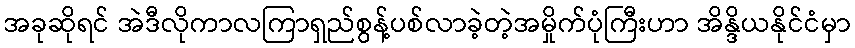
အခုဆိုရင် အဲဒီလိုကာလကြာရှည်စွန့်ပစ်လာခဲ့တဲ့အမှိုက်ပုံကြီးဟာ အိန္ဒိယနိုင်ငံမှာ